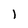
Character: l